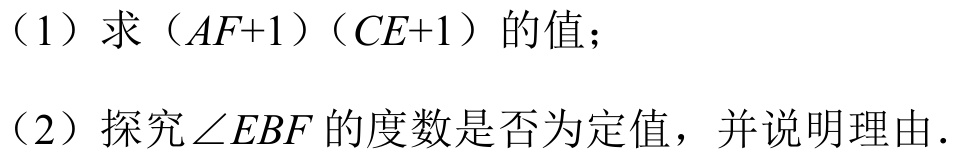
（1）求\((AF + 1)(CE + 1)\)的值；
（2）探究\(\angle EBF\)的度数是否为定值，并说明理由.